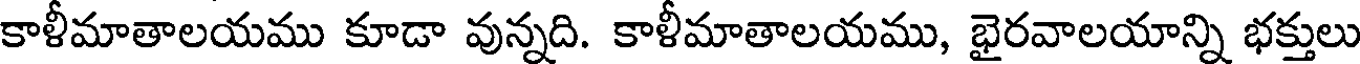
కాళీమాతాలయము కూడా వున్నది. కాళీమాతాలయము, భైరవాలయాన్ని భక్తులు